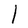
Character: l